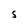
Character: S